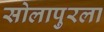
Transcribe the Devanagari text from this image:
सोलापुरला